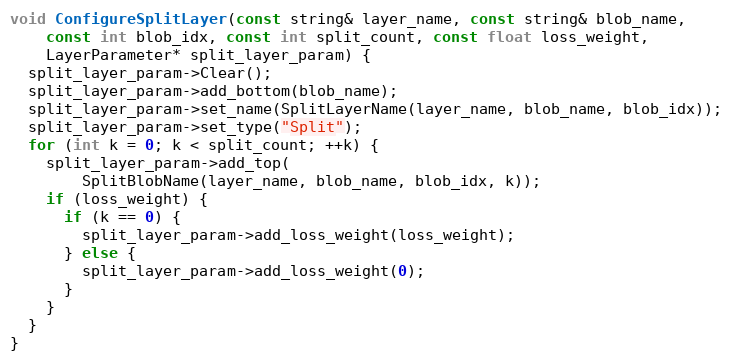
Language: C++
void ConfigureSplitLayer(const string& layer_name, const string& blob_name,
    const int blob_idx, const int split_count, const float loss_weight,
    LayerParameter* split_layer_param) {
  split_layer_param->Clear();
  split_layer_param->add_bottom(blob_name);
  split_layer_param->set_name(SplitLayerName(layer_name, blob_name, blob_idx));
  split_layer_param->set_type("Split");
  for (int k = 0; k < split_count; ++k) {
    split_layer_param->add_top(
        SplitBlobName(layer_name, blob_name, blob_idx, k));
    if (loss_weight) {
      if (k == 0) {
        split_layer_param->add_loss_weight(loss_weight);
      } else {
        split_layer_param->add_loss_weight(0);
      }
    }
  }
}